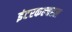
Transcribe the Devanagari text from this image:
इंटरकल्चरल